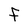
Character: F